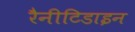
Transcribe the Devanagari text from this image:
रैनीटिडाइन